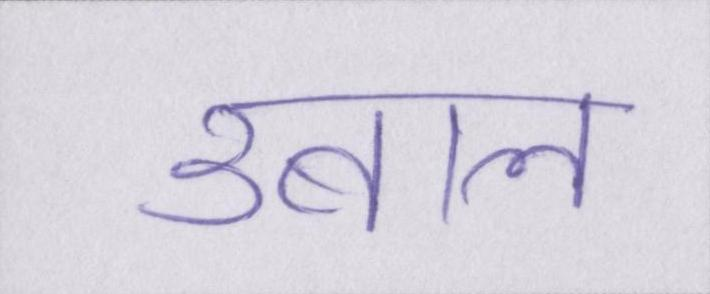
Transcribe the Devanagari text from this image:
उबाल